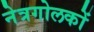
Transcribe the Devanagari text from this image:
नेत्रगोलकों